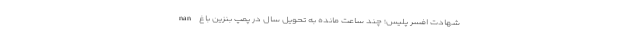
nan شهادت افسر پلیس؛ چند ساعت مانده به تحویل سال در پمپ بنزین باغ